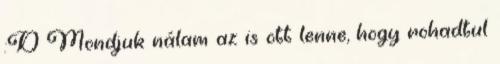
:D Mondjuk nálam az is ott lenne, hogy rohadtul